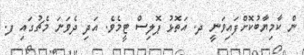
ން ކާމިޔާބުކޮށްފައިވަނީ ދ. އަތޮޅު ޕޮލިސް ޓީމެވެ. އަދި ދެވަނަ މެޗުގައި ފ.